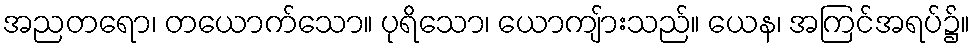
အညတရော၊ တယောက်သော။ ပုရိသော၊ ယောကျ်ားသည်။ ယေန၊ အကြင်အရပ်၌။